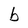
Character: b